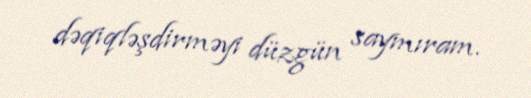
dəqiqləşdirməyi düzgün saymıram.